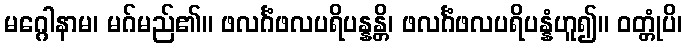
မဂ္ဂေါနာမ၊ မဂ်မည်၏။ ဖလင်္ဂံဖလပရိပန္နန္တိ၊ ဖလင်္ဂံဖလပရိပန္နံဟူ၍။ ဝတ္တုံပိ၊